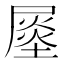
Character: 𡳈